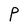
Character: P